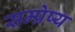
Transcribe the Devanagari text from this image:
सम्प्रेष्य